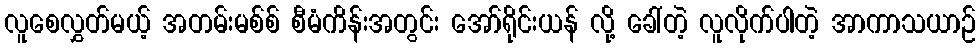
လူစေလွှတ်မယ့် အတမ်းမစ်စ် စီမံကိန်းအတွင်း အော်ရိုင်းယန် လို့ ခေါ်တဲ့ လူလိုက်ပါတဲ့ အာကာသယာဉ်